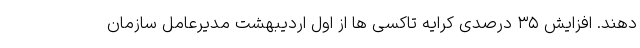
دهند. افزایش ۳۵ درصدی کرایه تاکسی ها از اول اردیبهشت مدیرعامل سازمان